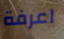
اعرفة